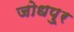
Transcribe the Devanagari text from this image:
जोधपु्र